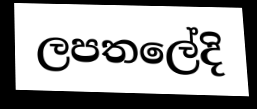
ලපතලේදි